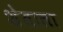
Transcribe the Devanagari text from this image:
शेताला